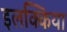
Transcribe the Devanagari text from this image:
इलक्किया